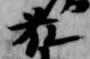
藤